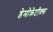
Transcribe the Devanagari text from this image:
डेमोक्रेटीक्स